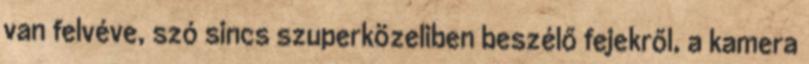
van felvéve, szó sincs szuperközeliben beszélő fejekről, a kamera